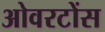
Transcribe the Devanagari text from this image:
ओवरटोंस